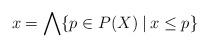
LaTeX: \begin{align*}x=\bigwedge\{p\in P(X)\:|\:x\le p\}\end{align*}